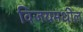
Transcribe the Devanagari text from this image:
विजयमधील